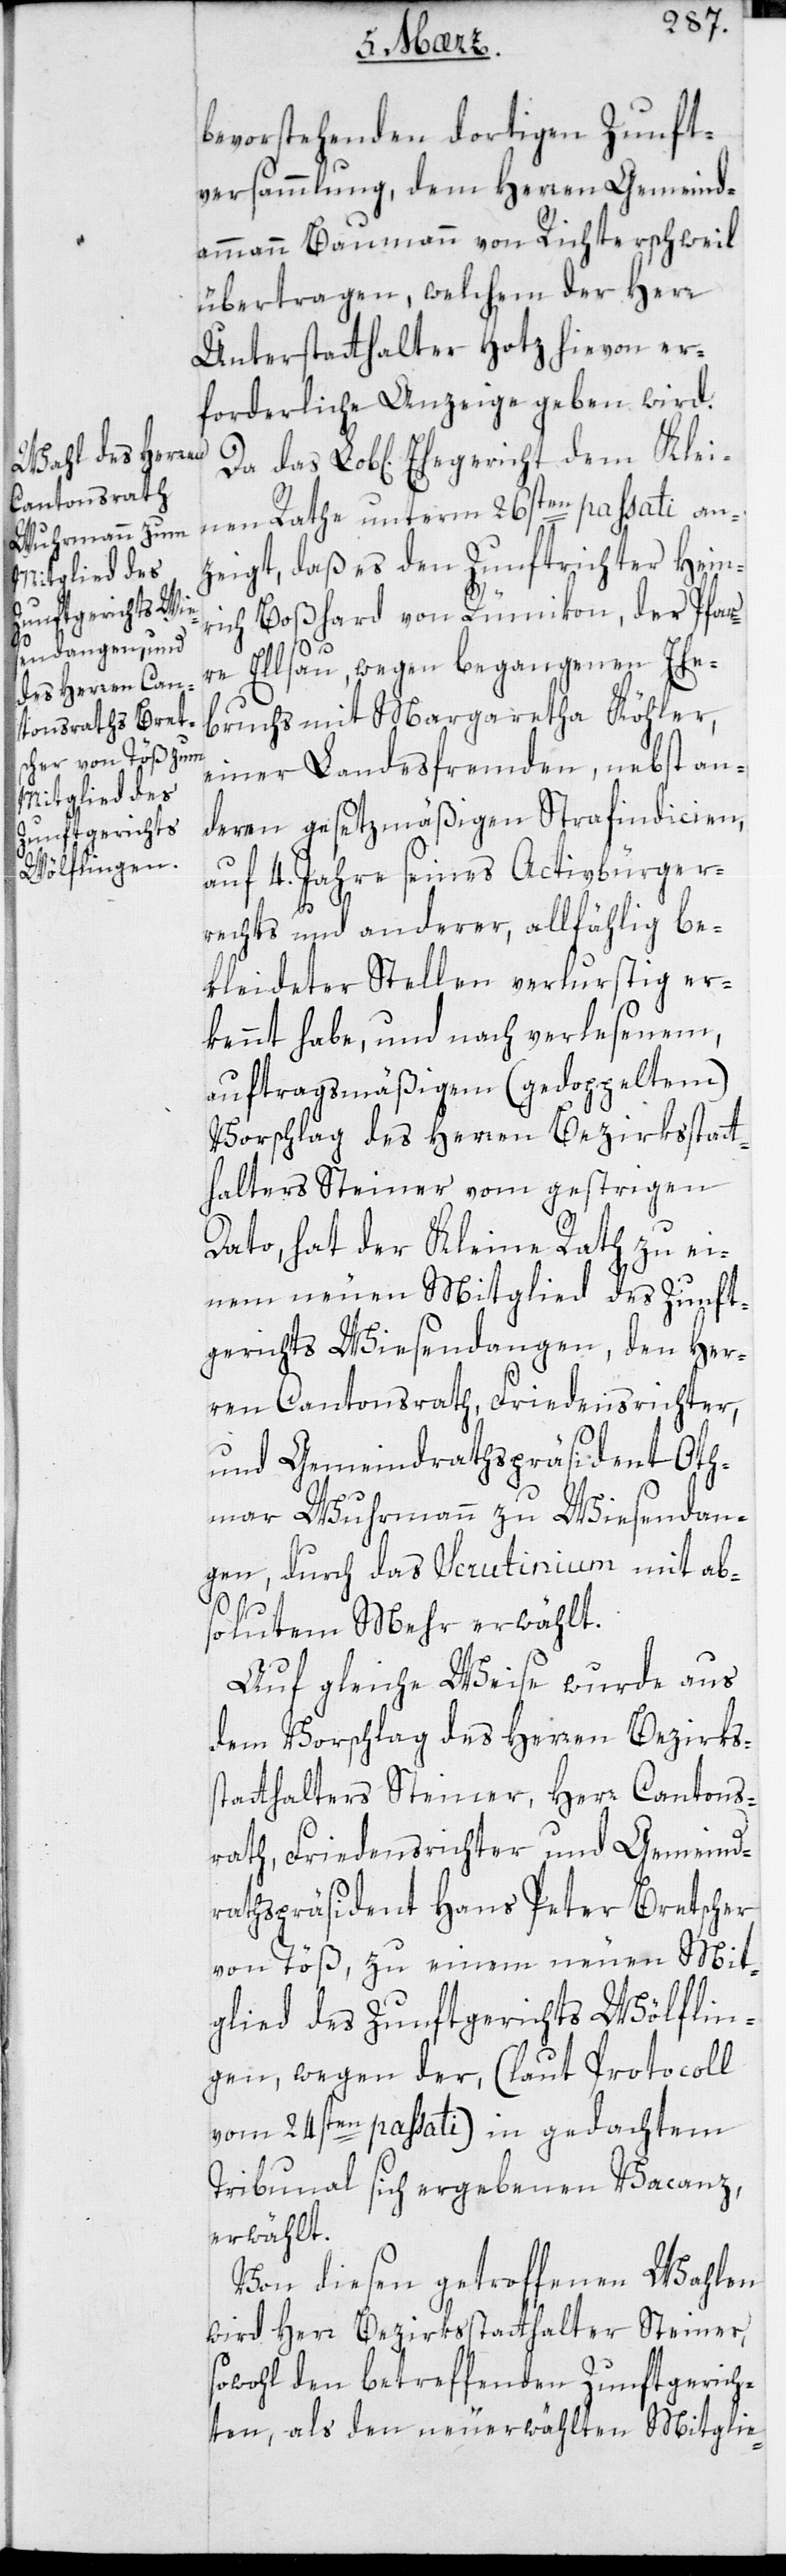
Ehegericht dem
Klei¬

bevorstehenden dortigen Zunft¬
versammlung, dem Herren Gemeind¬
ammann Baumann von Richterschweil
übertragen, welchen der Herr
Unterstatthalter Hotz hievon er¬
forderliche Anzeige geben wird.
nen Rathe unterm 26sten passati an¬
zeigt, daß es den Zunftrichter Hein¬
rich Boßhard von Rümikon, der Pfar¬
re Elsau, wegen begangenen Ehe¬
bruchs mit Margaretha Köhler,
einer Landesfremden, nebst an¬
deren gesetzmäßigen Strafindicien,
auf 4. Jahre seines Activbürger¬
rechts und anderer, allfällig be¬
kleideter Stellen verlustig er¬
kennt habe, und nach verlesenem,
auftragsmäßigem (gedoppeltem)
Vorschlag des Herren Bezirksstatt¬
halters Steiner vom gestrigen
Dato, hat der Kleine Rath zu ei¬
nem neuen Mitglied des Zunft¬
gerichts Wiesendangen, den Her¬
ren Cantonsrath, Friedensrichter
und Gemeindrathspräsident Oth¬
mar Wuhrmann zu Wiesendan¬
gen, durch das Scrutinium mit ab¬
solutem Mehr erwählt.
Auf gleiche Weise wurde aus
dem Vorschlag des Herren Bezirkss¬
tatthalters Steiner, Herr Cantons¬
rath, Friedensrichter und Gemeind¬
rathspräsident Hans Peter Bretscher
von Töß, zu einem neuen Mit¬
glied des Zunftgerichts Wölflin¬
gen, wegen der, (laut Protocoll
vom 24sten passati) in gedachtem
Tribunal sich ergebenen Vacanz,
erwählt.
Von diesen getroffenen Wahlen
wird Herr Bezirksstatthalter Steiner,
sowohl den betreffenden Zunftgerich¬
ten als den neu erwählten Mitglie-